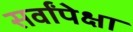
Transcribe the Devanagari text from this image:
सर्वांपेक्षा